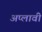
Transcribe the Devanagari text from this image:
अप्लावी